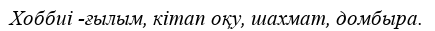
Хоббиі -ғылым, кітап оқу, шахмат, домбыра.